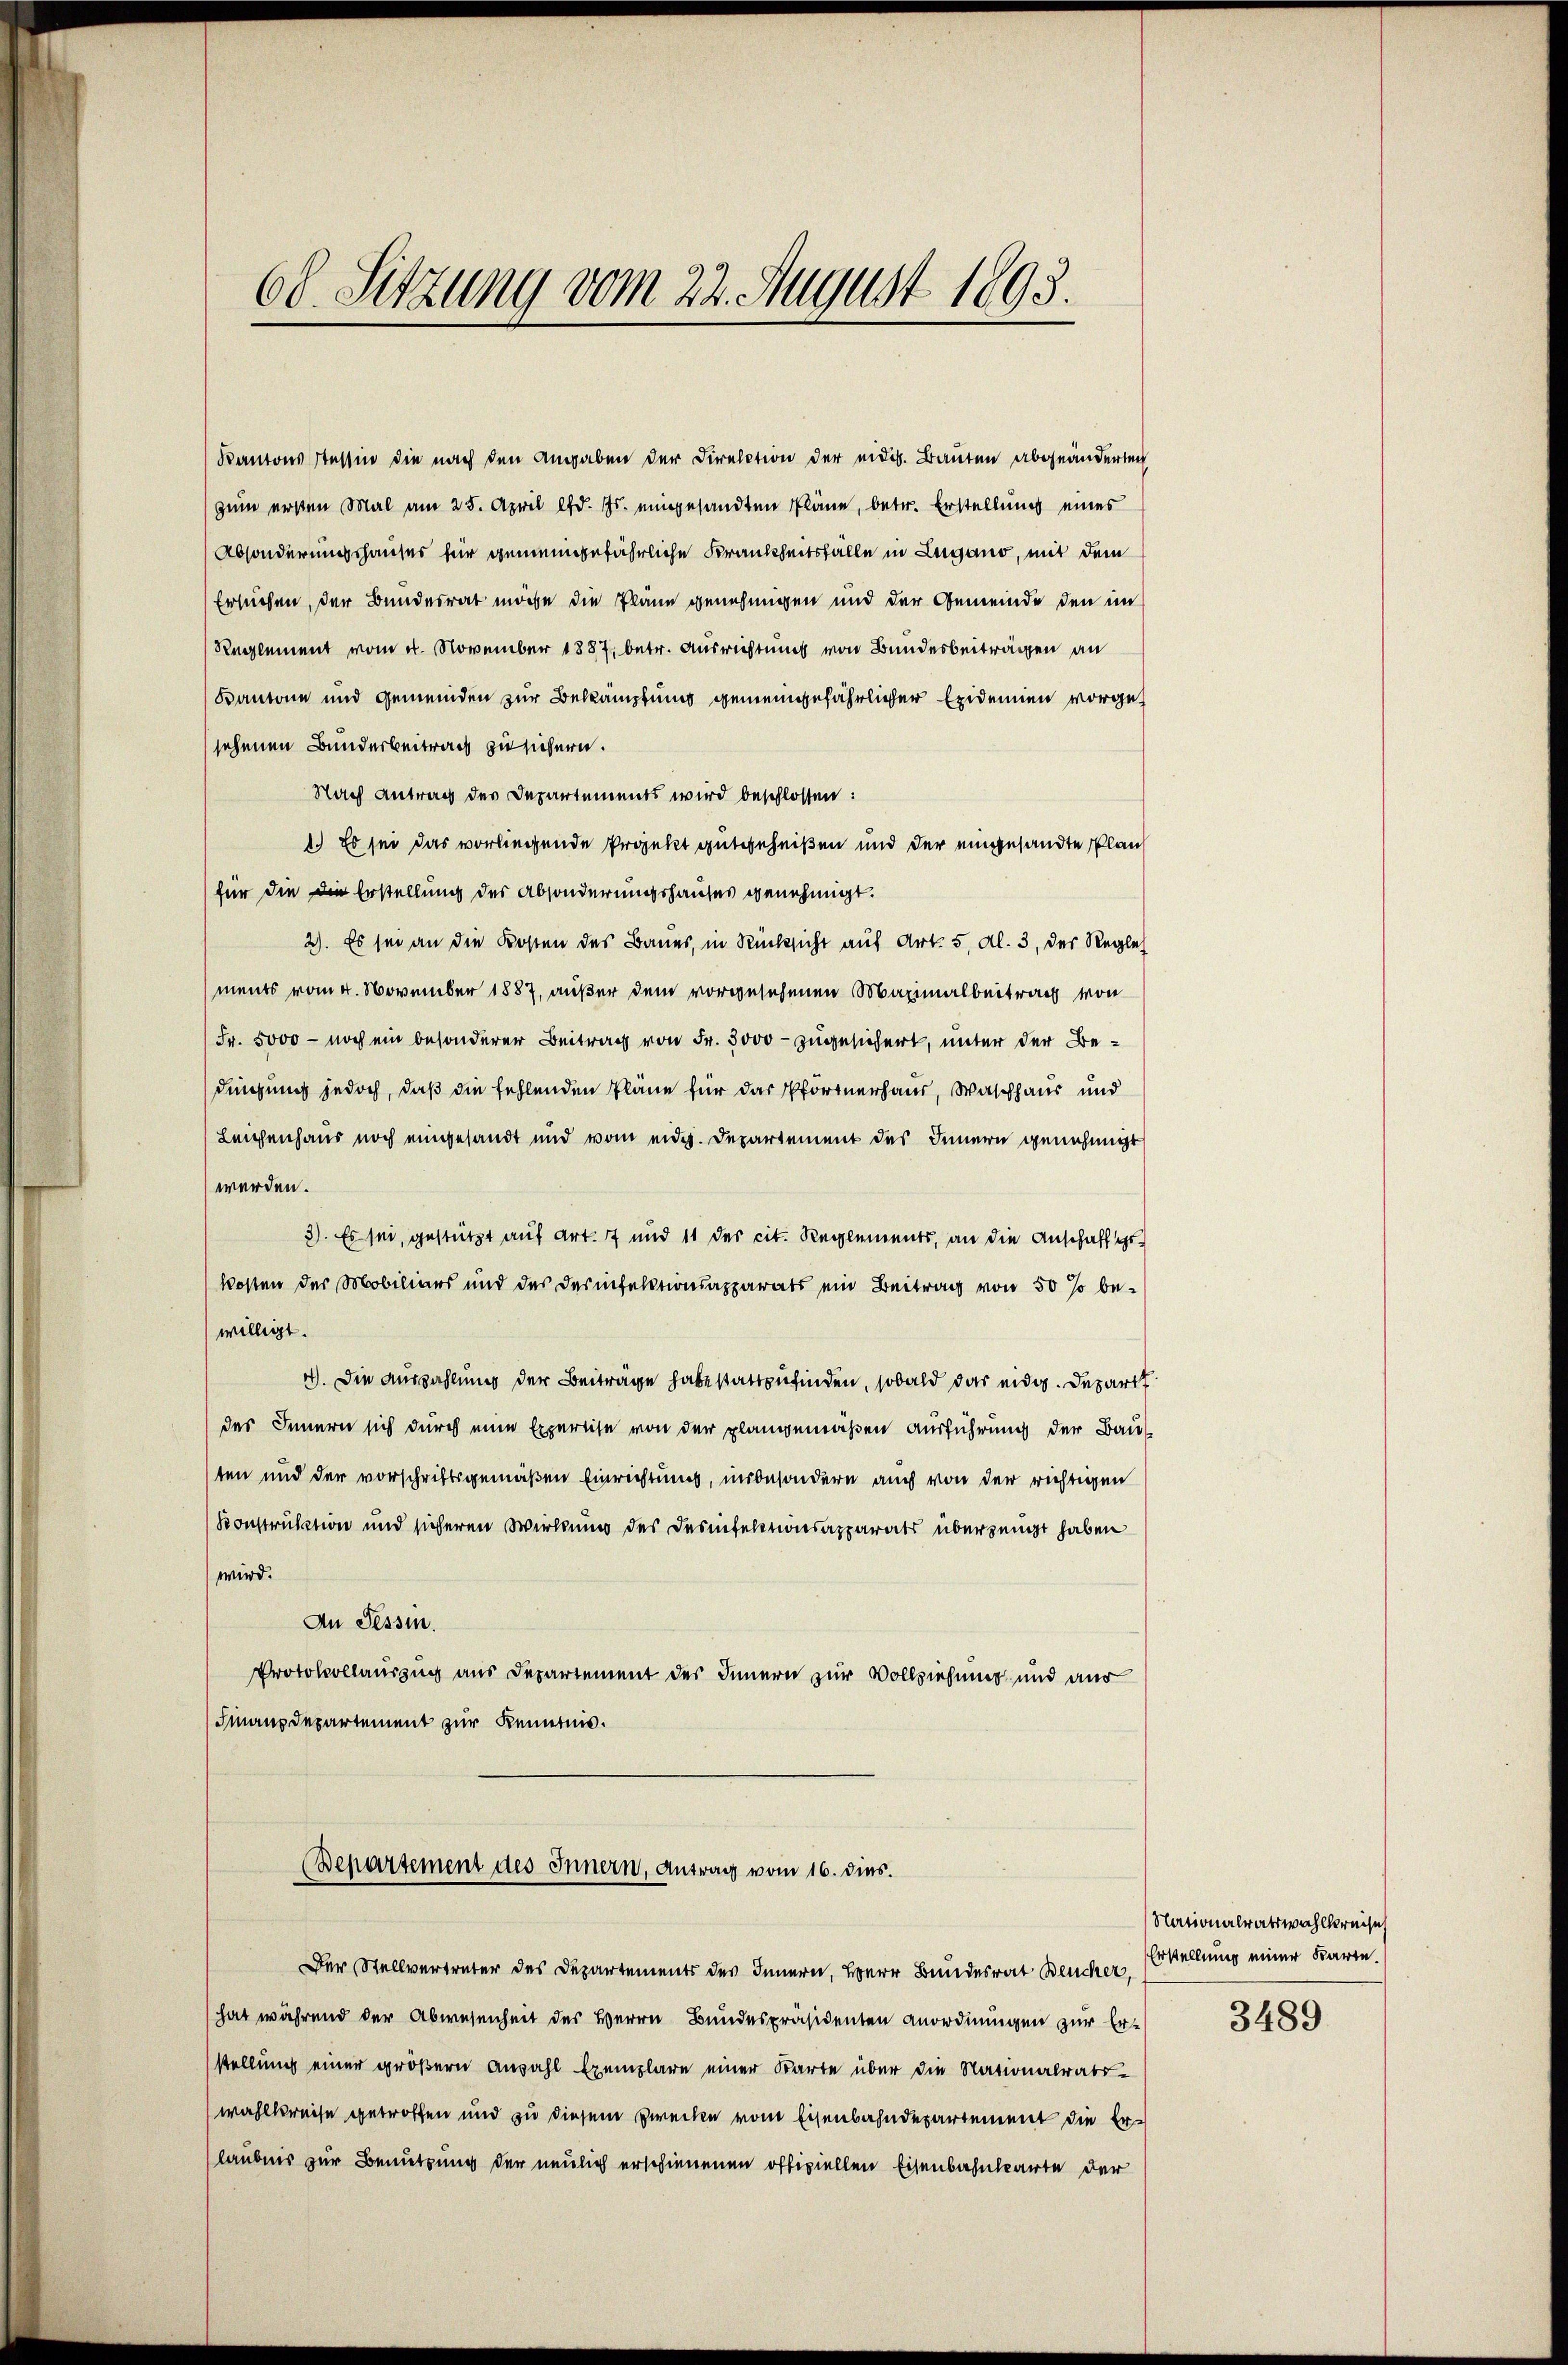
68. Sitzung vom 22. August 1893.

Kantons Tessin die nach den Angaben der Direction der eidg. Bauten abgeänderten
zum ersten Mal am 25. April lfd. Js. eingesandten Pläne, betr. Erstellung eines
Absonderungshauses für gemeingefährliche Krankheitsfalle in Lugano, mit dem
Ersuchen, der Bundesrat möge die Pläne genehmigen und der Gemeinde den im
Reglement vom 4. November 1887, betr. Ausrichtung von Bundesbeiträgen an
Kantone und Gemeinden zur Bekämpfung gemeingefährlicher Exidenen vorgesehenen Bunderbeitrag zu sichern.
Nach Antrag des Departements wird beschlossen:
1.) Es sei das vorliegende Projekt gutgeheißen und der eingesandte Plan
für die Die Erstellung des Absonderungshauses genehmigt.
2). Es sei an die Kosten des Baues, in Rücksicht auf Art. 5, Al. 3, des Regle
ments vom 4. November 1887, außer dem vorgesehenen Maximalbeitrag von
Fr. 5000 - noch ein besonderer Beitrag von Fr. 3000 - zugesichert, unter der Bedingung jedoch, daß die fehlenden Pläne für das Pförtnerhaus, Waschhaus und
Leichenhaus noch eingesandt und vom eidg. Departement des Innern genehmigt
werden.
3). Es sei, gestützt auf Art. 7 und 11 der cit. Reglements, an die Anschaff gekosten der Mobiliars und des Desinfektionsapparats ein Beitrag von 50 % be-
willigt.
4). Die Auszahlung der Beiträge habe stattzufinden, sobald das eidg. Depart
des Innern sich durch eine Expertise von der plangemäßen Ausführung der Bau
ten und der vorschriftsgemäßen Einrichtung, unbesondern auch von der richtigen
Konstruktion und sicheren Wirkung des Desinfektionsapparats überzeugt haben
wird.
An Tessin.
Protokollauszug aus Departement des Innern zur Vollziehung und aus
Finanzdepartement zur Kenntnis.
(Bepartement des Innern, Antrag vom 16. dies.
Der Stellvertreter des Departements des Innern, Herr Bundesrat Beucher,
hat während der Abwesenheit des Herrn Bundespräsidenten Anordnungen zur Er-
stellung einer größern Anzahl Exemplare einer Karte über die Nationalrats-
wahlkreise getroffen und zu diesem Zwecke vom Eisenbahndepartement die Erlaubens zur Benutzung der neulich erschienenen offiziellen Eisenbahnbarte der

Nationalratswahlkreise
Erstellung einer Karte.
3489